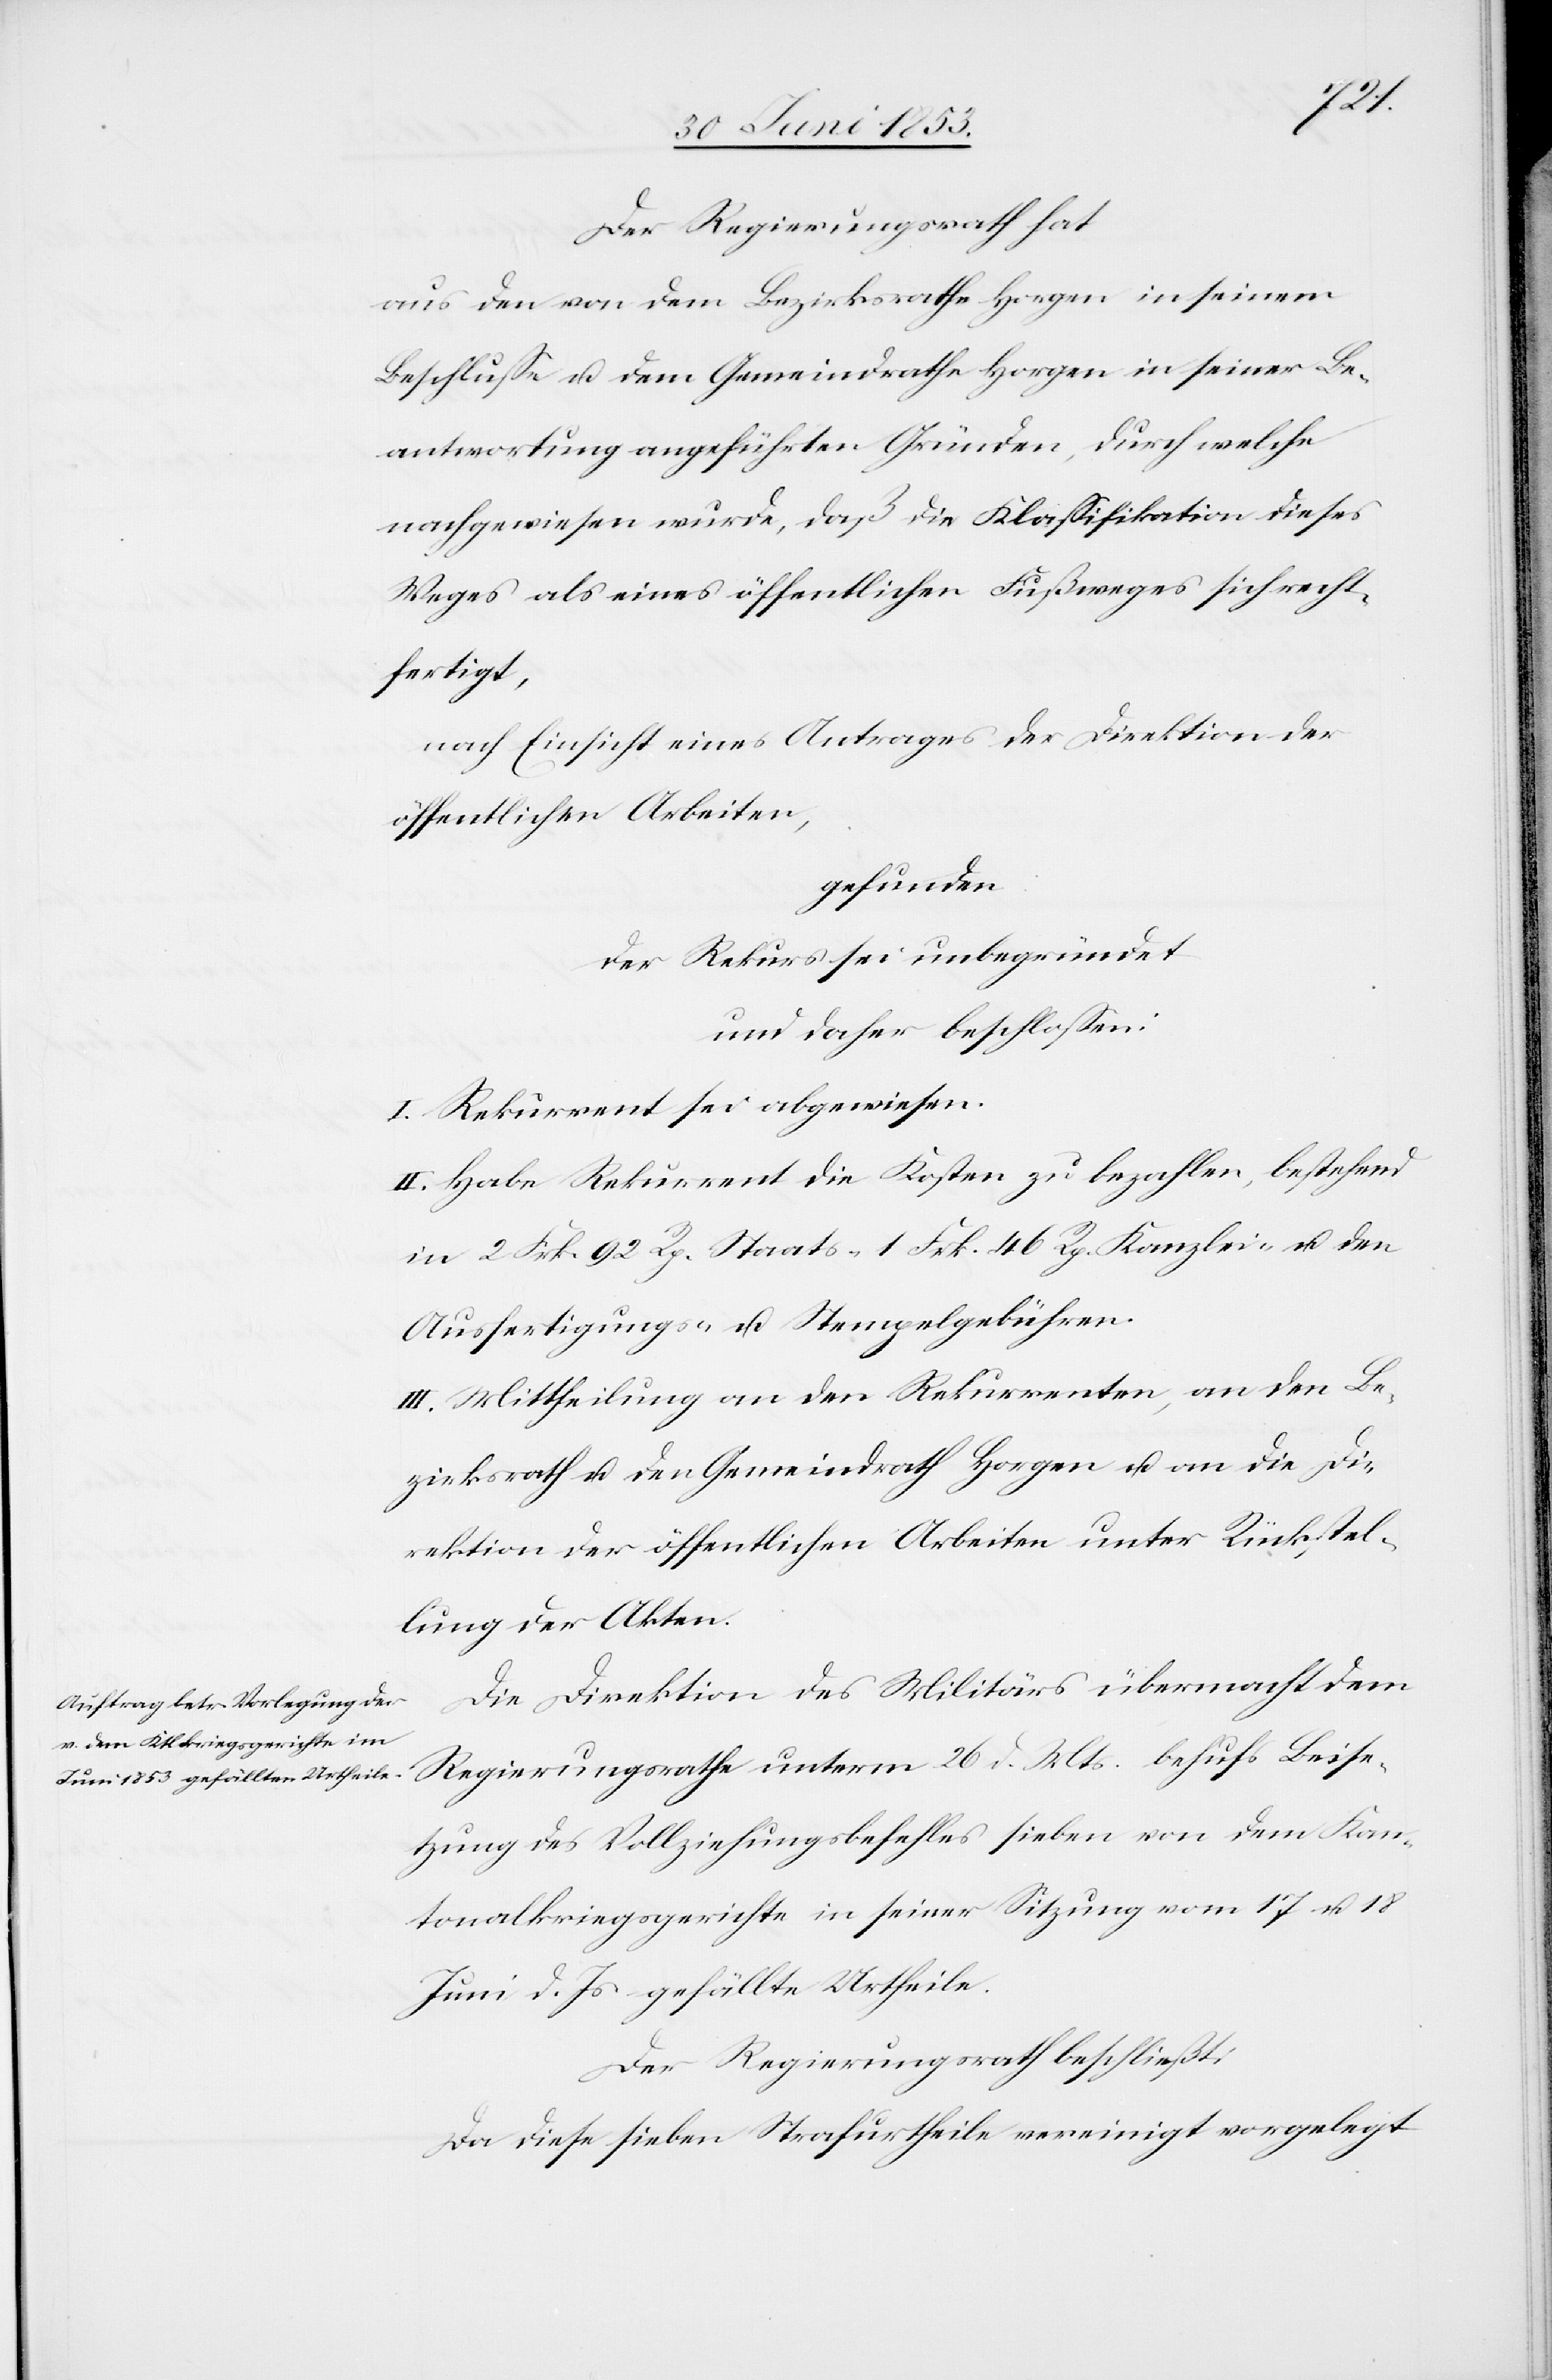
Der Regierungsrath hat
aus den von dem Bezirksrathe Horgen in seinem
Beschluße u. dem Gemeindrathe Horgen in seiner Be¬
antwortung angeführten Gründen, durch welche
nachgewiesen wurde, daß die Klaßifikation dieses
Weges als eines öffentlichen Fußweges sich recht¬
fertigt,
nach Einsicht eines Antrages der Direktion der
öffentlichen Arbeiten,
gefunden,
der Rekurs sei unbegründet
und daher beschloßen:
I. Rekurrent sei abgewiesen.
II. Habe Rekurrent die Kosten zu bezahlen, bestehend
in 2 Frk. 92 Rp. Staats- 1 Frk. 46 Rp. Kanzlei u. den
Ausfertigungs- u. Stempelgebühren.
III. Mittheilung an den Rekurrenten, an den Be¬
zirksrath u. den Gemeindrath Horgen u. an die Di¬
rektion der öffentlichen Arbeiten unter Rückstel¬
lung der Akten.
Die Direktion des Militärs übermacht dem
Regierungsrathe unterm 26 d. Mts. behufs Beise¬
tzung des Vollziehungsbefehles sieben von dem Kan¬
tonalkriegsgerichte in seiner Sitzung vom 17 u. 18
Juni d. Js. gefällte Urtheile.
Der Regierungsrath beschließt:
Da diese Seite Strafurtheile vereinigt vorgelegt